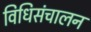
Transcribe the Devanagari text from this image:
विधिसंचालन